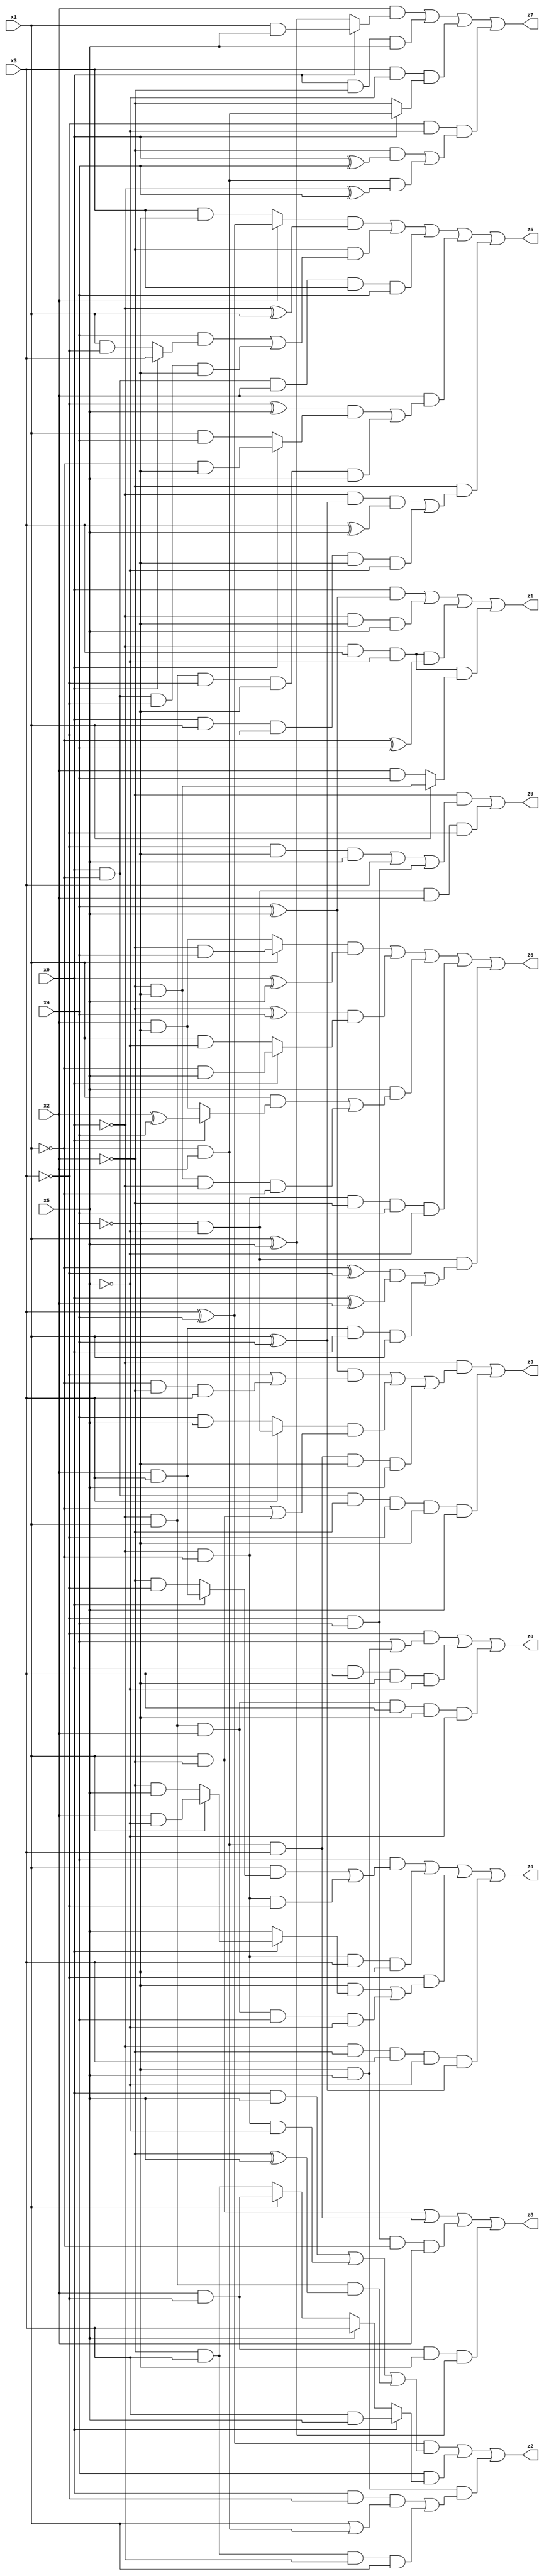
// Benchmark "X_62" written by ABC on Mon Jun 05 19:55:20 2023

module X_62 ( 
    x0, x1, x2, x3, x4, x5,
    z0, z1, z2, z3, z4, z5, z6, z7, z8, z9  );
  input  x0, x1, x2, x3, x4, x5;
  output z0, z1, z2, z3, z4, z5, z6, z7, z8, z9;
  assign z0 = (~x3 & (x4 | (~x4 & x5))) | (x0 & x3 & ~x4 & ~x5) | (~x0 & x1 & x2 & x3 & ~x4 & ~x5);
  assign z1 = (x0 & (x4 ^ x5)) | (~x0 & ~x4 & x5) | (~x0 & x3 & ~x5 & (~x1 ^ x4)) | (~x0 & x3 & ~x5 & (x1 ? (~x2 & ~x4) : (x2 & x4)));
  assign z2 = ((x3 ^ x4) & ((x0 & x5) | (~x0 & ~x1 & ~x5) | (~x0 & x1 & (~x2 ^ x5)))) | (x4 & (x0 ? (x3 & x5) : (x5 ? x3 : (x1 ? (x2 & ~x3) : (~x2 & x3))))) | (~x4 & x5 & ((x0 & ~x3 & (x1 | (~x1 & x2))) | (~x2 & x3 & ~x0 & x1)));
  assign z3 = (~x0 & (((x4 ^ x5) & (~x3 | (~x1 & ~x2 & x3))) | ((x3 ? (~x4 & ~x5) : (x4 & x5)) & (~x1 | (x1 & ~x2))) | (~x1 & x2 & x3 & ~x4 & x5))) | (x0 & ~x1 & ~x2 & ~x3 & ~x4 & x5);
  assign z4 = (x4 & ((x1 & (x0 ? (x2 & x3) : (~x2 & ~x3))) | (~x0 & ~x1 & ~x3))) | (~x0 & ~x1 & x3 & ~x4) | (~x3 & ((~x4 & (x0 ? (x1 ? (x2 & ~x5) : (~x2 & x5)) : x5)) | (~x0 & x1 & x2 & x4 & ~x5))) | (~x0 & ~x2 & x3 & ~x5 & (x1 ^ x4));
  assign z5 = ((x2 ? (x3 ^ x4) : (x3 & ~x4)) & (~x0 ^ x1)) | (~x2 & ((x4 & (x0 ? x3 : (x1 & ~x3))) | (x0 & ~x1 & ~x3 & ~x4))) | (x0 & ~x1 & x2 & x3 & x4) | (x2 & (((~x3 ^ x5) & (x0 ? (~x1 & ~x4) : (x1 & x4))) | (~x0 & x1 & ~x3 & ~x4 & x5))) | (~x2 & ((~x0 & (x1 ^ x4) & (x3 ^ x5)) | (x0 & x1 & ~x3 & ~x4 & ~x5)));
  assign z6 = ((x1 ? (~x2 & x4) : (x2 & ~x4)) & (x0 ^ x5)) | ((~x2 ^ x4) & (x0 ? (~x1 & x5) : (x1 & ~x5))) | (x5 & ((x1 & (x0 ? (x2 ^ x4) : (x2 & ~x4))) | (~x2 & ~x4 & ~x0 & ~x1))) | (~x0 & ~x1 & ~x2 & x4 & ~x5) | (~x4 & ~x5 & (((~x1 ^ ~x3) & (x0 ^ x2)) | (x2 & x3 & x0 & x1)));
  assign z7 = (x2 & (x0 ? (x1 & x5) : (x1 ^ x5))) | (x0 & ~x2 & x5) | (x3 & ~x5 & (x0 ? (~x1 & x2) : ~x2)) | (~x3 & ~x5 & ((~x2 & (x0 ^ x4)) | (~x1 & x2 & (~x0 ^ x4))));
  assign z8 = (x1 & ~x2) | (~x1 & x2 & x3) | (~x3 & x4 & ~x1 & x2) | (x2 & ~x3 & ~x4 & (x1 ^ x5));
  assign z9 = (~x2 & ((~x3 & ~x4 & x5) | x3 | (~x3 & x4))) | (~x4 & ~x5 & x2 & ~x3);
endmodule